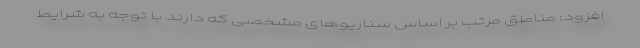
افزود: مناطق مرتب بر اساس سناریوهای مشخصی که دارند با توجه به شرایط